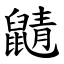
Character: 鼱